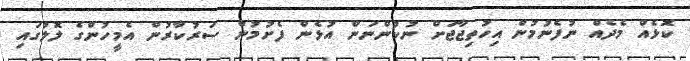
ކޮޅެއް މެދެއް ނުފެނުމުން އިހުތިޖާޖަށް ނުކުންނަން އުޅެން ފެށުމުން ސަރުކާރުން އެމީހުންގެ ލޮލުގައި